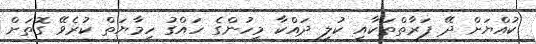
ކުއްޔަށް ދޭ ފަރާތްތަކާއި ކުލި ދައްކާ މީހުންގެ ހައްގު ހިމާޔަތް ކުރެވޭ ގޮތަށް